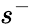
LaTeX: s^{-}